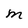
Character: m